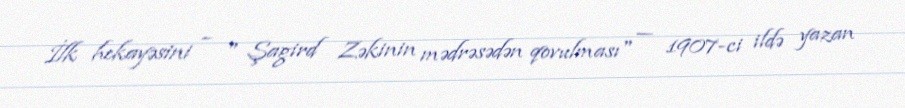
İlk hekayəsini – " Şagird Zəkinin mədrəsədən qovulması" — 1907-ci ildə yazan